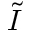
\tilde { I }